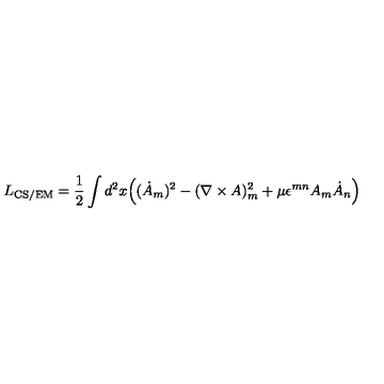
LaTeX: L _ { \mathrm { C S / E M } } = \frac 1 2 \int d ^ { 2 } x \Bigl ( ( \dot { A } _ { m } ) ^ { 2 } - ( \nabla \times A ) _ { m } ^ { 2 } + \mu \epsilon ^ { m n } A _ { m } \dot { A } _ { n } \Bigr )